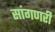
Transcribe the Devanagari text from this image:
सांगणरी